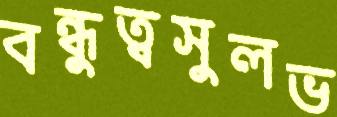
বন্ধুত্বসুলভ